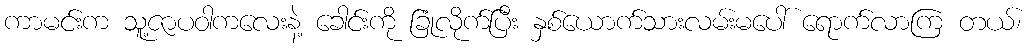
ကာမင်းက သူ့ဇာပဝါကလေးနဲ့ ခေါင်းကို ခြုံလိုက်ပြီး နှစ်ယောက်သားလမ်းမပေါ် ရောက်လာကြ တယ်၊